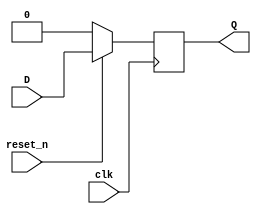
module sync_rst_Dflipflop(Q, D, clk, reset_n);
  output Q;
  input D, clk, reset_n;
  reg Q;
  wire D, clk, reset_n;
  
  always @(posedge clk)
  begin
    if(!reset_n)
     Q = 0;
    else 
     Q = D;
  end
  
endmodule